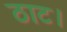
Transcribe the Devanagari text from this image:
ठाट।